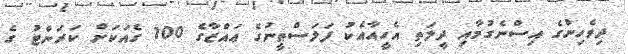
ދިވެހިންގެ އިސްނެގުމާއި ދީލަތި އެހީއާއެކު ފަލަސްޠީނުގެ ޢައްޒާގެ 100 ގެއަކަށް ކަރަންޓު ގެ